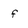
Character: f